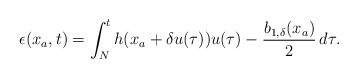
\begin{align*}\epsilon(x_a,t)=\int_N^t h(x_a+\delta u(\tau))u(\tau)-\dfrac{b_{1,\delta}(x_a)}{2} \,d\tau .\end{align*}